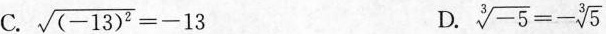
C.$$\sqrt { ( - 1 3 ) ^ { 2 } } = - 1 3$$ D. $$\sqrt [ 3 ] { - 5 } = - \sqrt [ 3 ] { 5 }$$